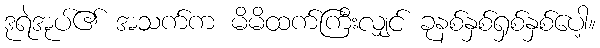
ဒုရဲအုပ်၏ အသက်က မိမိထက်ကြီးလျှင် ခုနစ်နှစ်ရှစ်နှစ်ပေါ့။